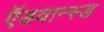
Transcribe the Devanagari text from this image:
ऍडवान्स्ड